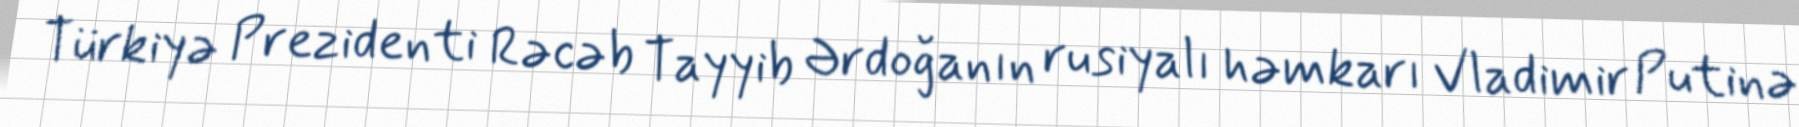
Türkiyə Prezidenti Rəcəb Tayyib Ərdoğanın rusiyalı həmkarı Vladimir Putinə